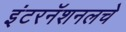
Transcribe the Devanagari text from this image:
इंटरनॅशनलचे